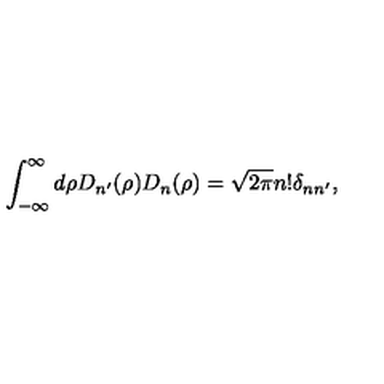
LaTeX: \int _ { - \infty } ^ { \infty } d \rho D _ { n ^ { \prime } } ( \rho ) D _ { n } ( \rho ) = \sqrt { 2 \pi } n ! \delta _ { n n ^ { \prime } } ,